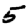
Digit: 5